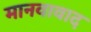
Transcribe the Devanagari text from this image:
मानवावाद